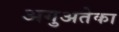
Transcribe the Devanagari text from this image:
अगुअतेका